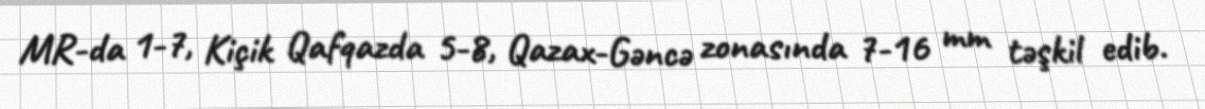
MR-da 1-7, Kiçik Qafqazda 5-8, Qazax-Gəncə zonasında 7-16 mm təşkil edib.